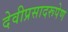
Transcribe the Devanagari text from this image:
देवीप्रसादरूपेण